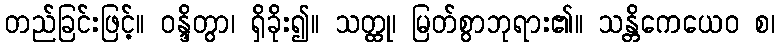
တည်ခြင်းဖြင့်။ ဝန္ဒိတွာ၊ ရှိခိုး၍။ သတ္ထု၊ မြတ်စွာဘုရား၏။ သန္တိကေယေဝ စ၊